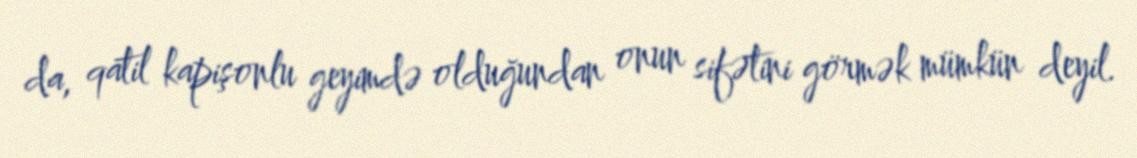
da, qatil kapişonlu geyimdə olduğundan onun sifətini görmək mümkün deyil.